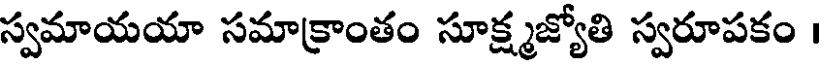
స్వమాయయా సమాక్రాంతం సూక్ష్మజ్యోతి స్వరూపకం ।